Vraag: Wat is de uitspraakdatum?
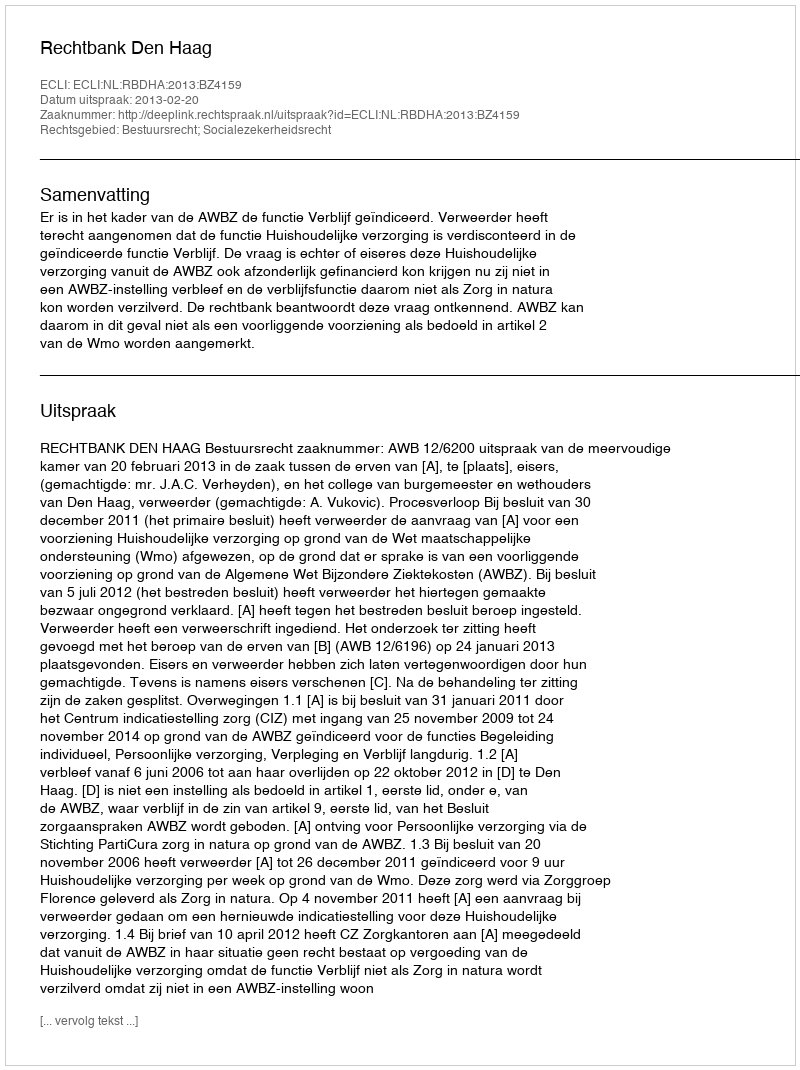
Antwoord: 2013-02-20